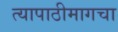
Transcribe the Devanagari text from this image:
त्यापाठीमागचा